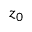
z _ { 0 }